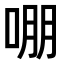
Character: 𭈒